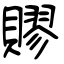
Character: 賿